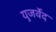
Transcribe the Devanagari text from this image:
युजर्वेद